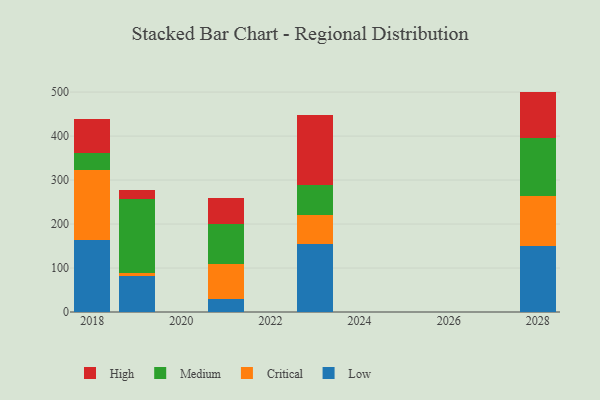
{"axis": {"x": "Year", "y": "Bounce Rate (%)"}, "legend": ["Critical", "High", "Low", "Medium"], "data": [{"x": "2021", "y": 28.7, "type": "Low"}, {"x": "2021", "y": 79.6, "type": "Critical"}, {"x": "2021", "y": 92.1, "type": "Medium"}, {"x": "2021", "y": 58.2, "type": "High"}, {"x": "2019", "y": 82.7, "type": "Low"}, {"x": "2019", "y": 6.4, "type": "Critical"}, {"x": "2019", "y": 168.1, "type": "Medium"}, {"x": "2019", "y": 19.3, "type": "High"}, {"x": "2028", "y": 149.9, "type": "Low"}, {"x": "2028", "y": 113.3, "type": "Critical"}, {"x": "2028", "y": 133.4, "type": "Medium"}, {"x": "2028", "y": 104.5, "type": "High"}, {"x": "2018", "y": 164.6, "type": "Low"}, {"x": "2018", "y": 158.3, "type": "Critical"}, {"x": "2018", "y": 38.4, "type": "Medium"}, {"x": "2018", "y": 77.2, "type": "High"}, {"x": "2023", "y": 153.8, "type": "Low"}, {"x": "2023", "y": 67.0, "type": "Critical"}, {"x": "2023", "y": 68.2, "type": "Medium"}, {"x": "2023", "y": 159.0, "type": "High"}]}